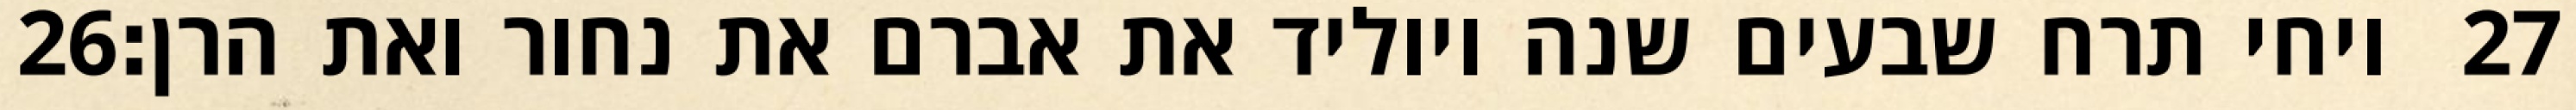
‎26‏ ויחי תרח שבעים שנה ויוליד את אברם את נחור ואת הרן׃ ‎27‏